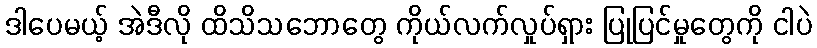
ဒါပေမယ့် အဲဒီလို ထိသိသဘောတွေ ကိုယ်လက်လှုပ်ရှား ပြုပြင်မှုတွေကို ငါပဲ